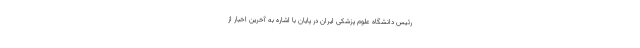
رئیس دانشگاه علوم پزشکی ایران در پایان با اشاره به آخرین اخبار از